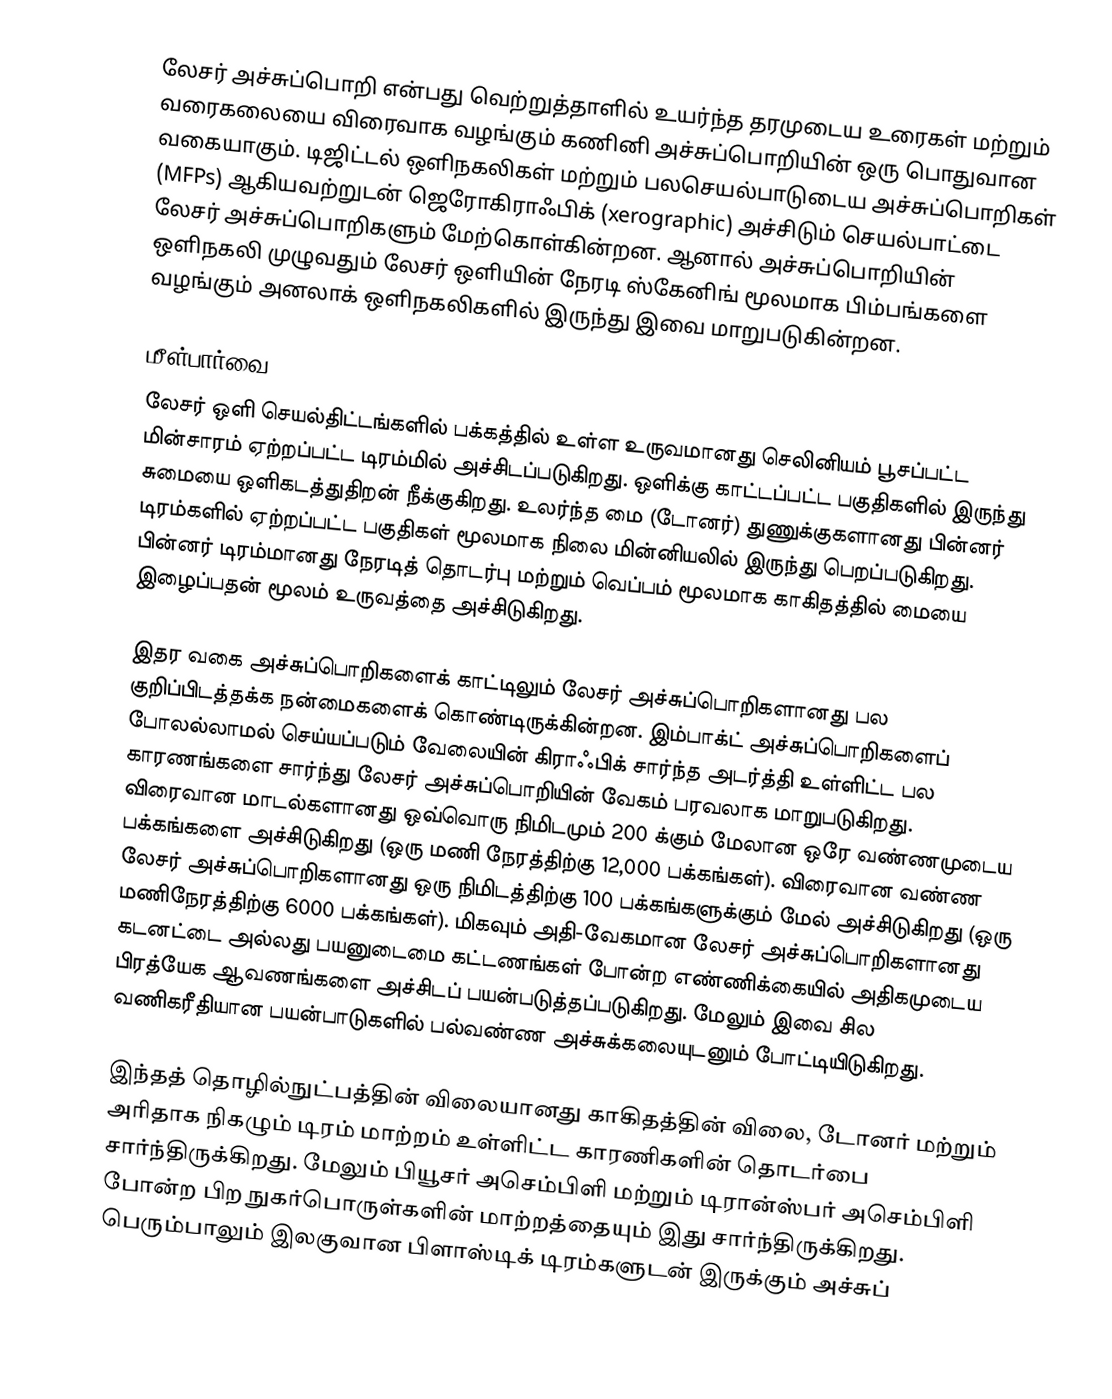
லேசர் அச்சுப்பொறி என்பது வெற்றுத்தாளில் உயர்ந்த தரமுடைய உரைகள் மற்றும் வரைகலையை விரைவாக வழங்கும் கணினி அச்சுப்பொறியின் ஒரு பொதுவான வகையாகும். டிஜிட்டல் ஒளிநகலிகள் மற்றும் பலசெயல்பாடுடைய அச்சுப்பொறிகள் (MFPs) ஆகியவற்றுடன் ஜெரோகிராஃபிக் (xerographic) அச்சிடும் செயல்பாட்டை லேசர் அச்சுப்பொறிகளும் மேற்கொள்கின்றன. ஆனால் அச்சுப்பொறியின் ஒளிநகலி முழுவதும் லேசர் ஒளியின் நேரடி ஸ்கேனிங் மூலமாக பிம்பங்களை வழங்கும் அனலாக் ஒளிநகலிகளில் இருந்து இவை மாறுபடுகின்றன.

மீள்பார்வை
லேசர் ஒளி செயல்திட்டங்களில் பக்கத்தில் உள்ள உருவமானது செலினியம் பூசப்பட்ட மின்சாரம் ஏற்றப்பட்ட டிரம்மில் அச்சிடப்படுகிறது. ஒளிக்கு காட்டப்பட்ட பகுதிகளில் இருந்து சுமையை ஒளிகடத்துதிறன் நீக்குகிறது. உலர்ந்த மை (டோனர்) துணுக்குகளானது பின்னர் டிரம்களில் ஏற்றப்பட்ட பகுதிகள் மூலமாக நிலை மின்னியலில் இருந்து பெறப்படுகிறது. பின்னர் டிரம்மானது நேரடித் தொடர்பு மற்றும் வெப்பம் மூலமாக காகிதத்தில் மையை இழைப்பதன் மூலம் உருவத்தை அச்சிடுகிறது.

இதர வகை அச்சுப்பொறிகளைக் காட்டிலும் லேசர் அச்சுப்பொறிகளானது பல குறிப்பிடத்தக்க நன்மைகளைக் கொண்டிருக்கின்றன. இம்பாக்ட் அச்சுப்பொறிகளைப் போலல்லாமல் செய்யப்படும் வேலையின் கிராஃபிக் சார்ந்த அடர்த்தி உள்ளிட்ட பல காரணங்களை சார்ந்து லேசர் அச்சுப்பொறியின் வேகம் பரவலாக மாறுபடுகிறது. விரைவான மாடல்களானது ஒவ்வொரு நிமிடமும் 200 க்கும் மேலான ஒரே வண்ணமுடைய பக்கங்களை அச்சிடுகிறது (ஒரு மணி நேரத்திற்கு 12,000 பக்கங்கள்). விரைவான வண்ண லேசர் அச்சுப்பொறிகளானது ஒரு நிமிடத்திற்கு 100 பக்கங்களுக்கும் மேல் அச்சிடுகிறது (ஒரு மணிநேரத்திற்கு 6000 பக்கங்கள்). மிகவும் அதி-வேகமான லேசர் அச்சுப்பொறிகளானது கடனட்டை அல்லது பயனுடைமை கட்டணங்கள் போன்ற எண்ணிக்கையில் அதிகமுடைய பிரத்யேக ஆவணங்களை அச்சிடப் பயன்படுத்தப்படுகிறது. மேலும் இவை சில வணிகரீதியான பயன்பாடுகளில் பல்வண்ண அச்சுக்கலையுடனும் போட்டியிடுகிறது.

இந்தத் தொழில்நுட்பத்தின் விலையானது காகிதத்தின் விலை, டோனர் மற்றும் அரிதாக நிகழும் டிரம் மாற்றம் உள்ளிட்ட காரணிகளின் தொடர்பை சார்ந்திருக்கிறது. மேலும் பியூசர் அசெம்பிளி மற்றும் டிரான்ஸ்பர் அசெம்பிளி போன்ற பிற நுகர்பொருள்களின் மாற்றத்தையும் இது சார்ந்திருக்கிறது. பெரும்பாலும் இலகுவான பிளாஸ்டிக் டிரம்களுடன் இருக்கும் அச்சுப்